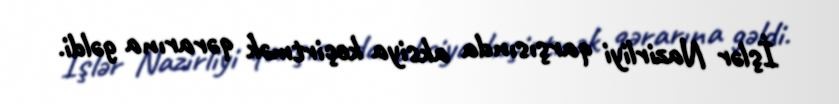
İşlər Nazirliyi qarşısında aksiya keçirtmək qərarına gəldi.